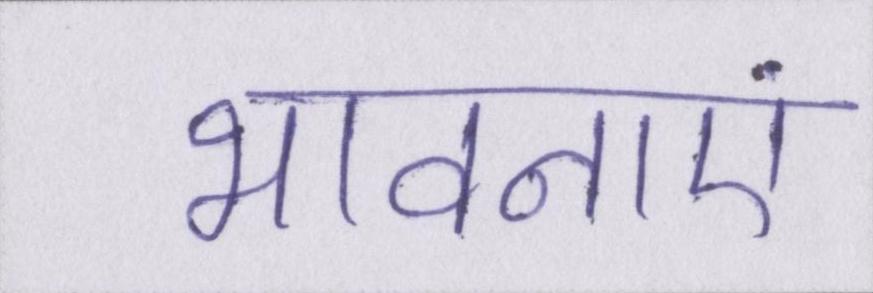
भावनाएं